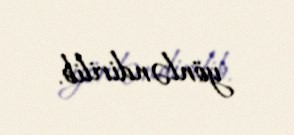
yönləndirilib.